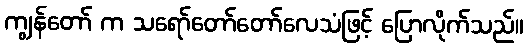
ကျွန်တော် က သရော်တော်တော်လေသံဖြင့် ပြောလိုက်သည်။